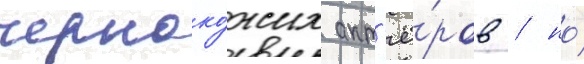
черноко́жих акт'ё́ров / но́